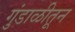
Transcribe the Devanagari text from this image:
गुंडाळीतून